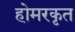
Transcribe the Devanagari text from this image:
होमरकृत